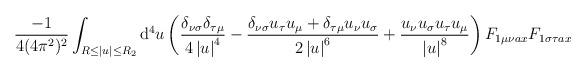
LaTeX: \begin{align*}\frac{-1}{4(4\pi^2)^2}\int_{R\leq\left|u\right|\leq R_2}\mathrm{d}^4u\left(\frac{\delta_{\nu\sigma}\delta_{\tau\mu}}{4\left|u\right|^4}-\frac{\delta_{\nu\sigma}u_\tau u_\mu+\delta_{\tau\mu}u_\nu u_\sigma}{2\left|u\right|^6}+\frac{u_\nu u_\sigma u_\tau u_\mu}{\left|u\right|^8}\right)F_{1\mu\nu ax}F_{1\sigma\tau ax}\end{align*}